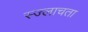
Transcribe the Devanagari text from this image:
स्ज्लाचता